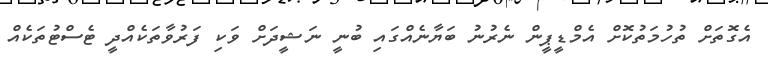
އެގޮތަށް ތުހުމަތުކޮށް އެމްޑީޕީން ނެރުނު ބަޔާނެއްގައި ބުނީ ނަޝީދަށް ވަކި ފަރުވާތަކެއްދީ ޓެސްޓުތަކެއް